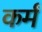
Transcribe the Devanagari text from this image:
कर्मं